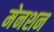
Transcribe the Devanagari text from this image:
मेनशन